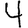
Digit: 4